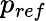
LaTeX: p_{ref}